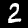
Digit: 2